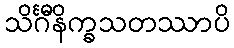
သိင်္ဂီနိက္ခသတဿာပိ